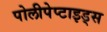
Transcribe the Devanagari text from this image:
पोलीपेप्टाइड्स